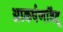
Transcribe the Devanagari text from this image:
आकर्षणबिंदू